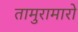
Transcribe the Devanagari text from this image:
तामुरामारो